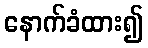
နောက်ခံထား၍